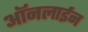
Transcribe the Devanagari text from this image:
आॅनलाईन